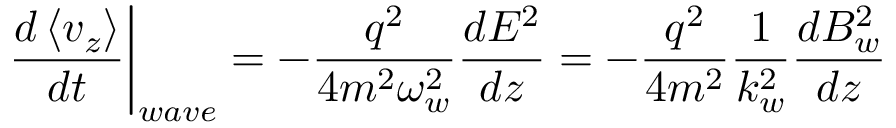
\left. \frac { d \left\langle v _ { z } \right\rangle } { d t } \right| _ { w a v e } = - \frac { q ^ { 2 } } { 4 m ^ { 2 } \omega _ { w } ^ { 2 } } \frac { d E ^ { 2 } } { d z } = - \frac { q ^ { 2 } } { 4 m ^ { 2 } } \frac { 1 } { k _ { w } ^ { 2 } } \frac { d B _ { w } ^ { 2 } } { d z }